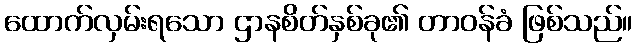
ထောက်လှမ်းရသော ဌာနစိတ်နှစ်ခု၏ တာဝန်ခံ ဖြစ်သည်။